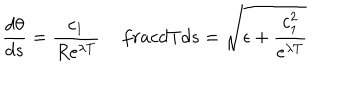
\frac { d \theta } { d s } = \frac { c _ { 1 } } { R e ^ { \lambda T } } \, \frac { d T } { d s } = \sqrt { \epsilon + \frac { c _ { 1 } ^ { 2 } } { e ^ { \lambda T } } }